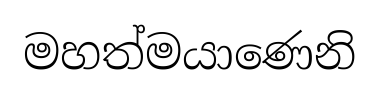
මහත්මයාණෙනි